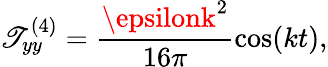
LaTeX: \mathscr{T}_{yy}^{(4)}=\frac{{\epsilonk^{2}}}{{16\pi}}\cos(kt),